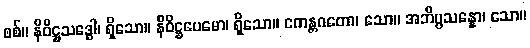
စစ်။ နိဝိဋ္ဌသဒ္ဓေါ၊ ရှိသော။ နိဝိဋ္ဌပေမော၊ ရှိသော။ ဧကန္တဂတော၊ သော။ အဘိပ္ပသန္နော၊ သော။